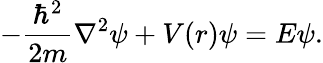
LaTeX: -\frac{\hbar^{2}}{2m}\nabla^{2}\psi+V(r)\psi=E\psi.